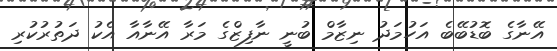
އޭނާގެ ބޮޑުބޭބެ އަހުމަދު ނިޒާމް ބުނީ ނާފިޒްގެ މަރާ އޭނާއާ އެކު ދަތުރުކުރި